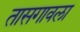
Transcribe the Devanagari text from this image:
तासगावला